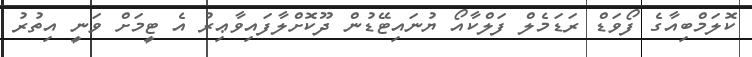
ކޮލަމްބިއާގެ ފޯވަޑް ރަޑަމެލް ފަލްކާއޯ ޔުނައިޓޭޑުން ދޫކޮށްލާފައިވާޢިރު އެ ޓީމަށް ވަނީ އިތުރު